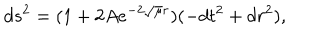
LaTeX: d s ^ { 2 } = ( 1 + 2 A e ^ { - 2 \sqrt { \mu } r } ) ( - d t ^ { 2 } + d r ^ { 2 } ) ,